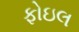
ફોઇલ